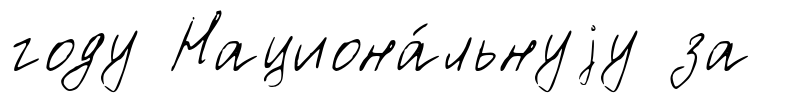
году Национа́льнуjу за